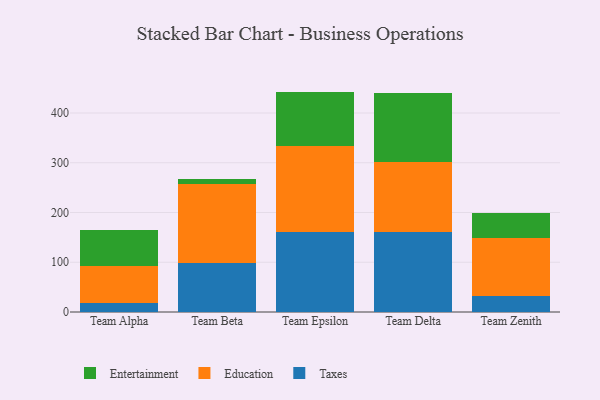
{"axis": {"x": "Team", "y": "Conversion Rate (%)"}, "legend": ["Education", "Entertainment", "Taxes"], "data": [{"x": "Team Alpha", "y": 18.5, "type": "Taxes"}, {"x": "Team Alpha", "y": 73.2, "type": "Education"}, {"x": "Team Alpha", "y": 72.3, "type": "Entertainment"}, {"x": "Team Beta", "y": 97.6, "type": "Taxes"}, {"x": "Team Beta", "y": 159.6, "type": "Education"}, {"x": "Team Beta", "y": 10.6, "type": "Entertainment"}, {"x": "Team Epsilon", "y": 161.8, "type": "Taxes"}, {"x": "Team Epsilon", "y": 172.4, "type": "Education"}, {"x": "Team Epsilon", "y": 108.8, "type": "Entertainment"}, {"x": "Team Delta", "y": 159.9, "type": "Taxes"}, {"x": "Team Delta", "y": 141.9, "type": "Education"}, {"x": "Team Delta", "y": 138.3, "type": "Entertainment"}, {"x": "Team Zenith", "y": 33.1, "type": "Taxes"}, {"x": "Team Zenith", "y": 115.0, "type": "Education"}, {"x": "Team Zenith", "y": 50.4, "type": "Entertainment"}]}